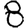
Digit: 8